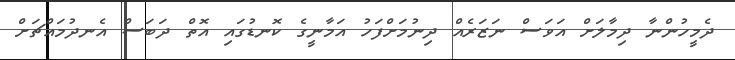
ދެމީހުންނާ ދިމާލަށް އަވަސް ނަޒަރެއް ދިނުމަށްފަހު އަމާނީގެ ކޮނޑުގައި އޮތް ދަބަސް އެނދުމައްޗަށް